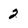
Character: 2